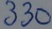
Text: 330